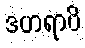
ဒဟရာပိ